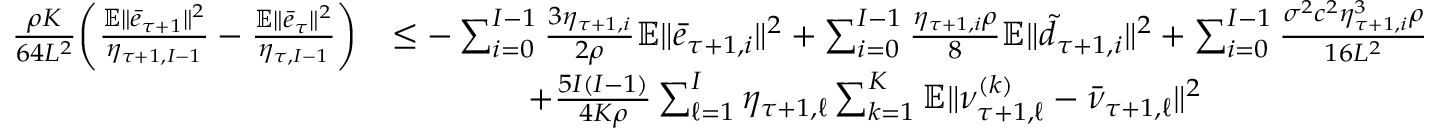
\begin{array} { r l } { \frac { \rho K } { 6 4 L ^ { 2 } } \bigg ( \frac { \mathbb { E } \| \bar { e } _ { \tau + 1 } \| ^ { 2 } } { \eta _ { \tau + 1 , I - 1 } } - \frac { \mathbb { E } \| \bar { e } _ { \tau } \| ^ { 2 } } { \eta _ { \tau , I - 1 } } \bigg ) } & { \leq - \sum _ { i = 0 } ^ { I - 1 } \frac { 3 \eta _ { \tau + 1 , i } } { 2 \rho } \mathbb { E } \| \bar { e } _ { \tau + 1 , i } \| ^ { 2 } + \sum _ { i = 0 } ^ { I - 1 } \frac { \eta _ { \tau + 1 , i } \rho } { 8 } \mathbb { E } \| \tilde { d } _ { \tau + 1 , i } \| ^ { 2 } + \sum _ { i = 0 } ^ { I - 1 } \frac { \sigma ^ { 2 } c ^ { 2 } \eta _ { \tau + 1 , i } ^ { 3 } \rho } { 1 6 L ^ { 2 } } } \\ & { \qquad \qquad + \frac { 5 I ( I - 1 ) } { 4 K \rho } \sum _ { \ell = 1 } ^ { I } \eta _ { \tau + 1 , \ell } \sum _ { k = 1 } ^ { K } \mathbb { E } \| \nu _ { \tau + 1 , \ell } ^ { ( k ) } - \bar { \nu } _ { \tau + 1 , \ell } \| ^ { 2 } } \end{array}